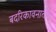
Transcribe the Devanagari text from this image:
बदरिकावनातील